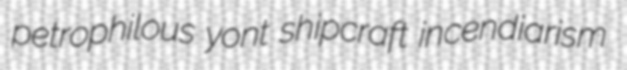
petrophilous yont shipcraft incendiarism